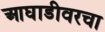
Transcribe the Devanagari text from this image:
आघाडीवरचा